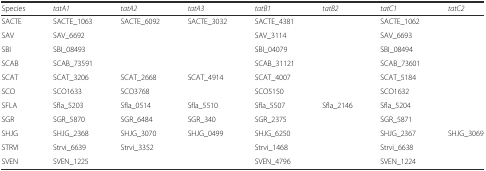
<table><thead><tr><td><b>Species</b></td><td><b><i>tatA1</i></b></td><td><b><i>tatA2</i></b></td><td><b><i>tatA3</i></b></td><td><b><i>tatB1</i></b></td><td><b><i>tatB2</i></b></td><td><b><i>tatC1</i></b></td><td><b><i>tatC2</i></b></td></tr></thead><tbody><tr><td>SACTE</td><td>SACTE_1063</td><td>SACTE_6092</td><td>SACTE_3032</td><td>SACTE_4381</td><td></td><td>SACTE_1062</td><td></td></tr><tr><td>SAV</td><td>SAV_6692</td><td></td><td></td><td>SAV_3114</td><td></td><td>SAV_6693</td><td></td></tr><tr><td>SBI</td><td>SBI_08493</td><td></td><td></td><td>SBI_04079</td><td></td><td>SBI_08494</td><td></td></tr><tr><td>SCAB</td><td>SCAB_73591</td><td></td><td></td><td>SCAB_31121</td><td></td><td>SCAB_73601</td><td></td></tr><tr><td>SCAT</td><td>SCAT_3206</td><td>SCAT_2668</td><td>SCAT_4914</td><td>SCAT_4007</td><td></td><td>SCAT_5184</td><td></td></tr><tr><td>SCO</td><td>SCO1633</td><td>SCO3768</td><td></td><td>SCO5150</td><td></td><td>SCO1632</td><td></td></tr><tr><td>SFLA</td><td>Sfla_5203</td><td>Sfla_0514</td><td>Sfla_5510</td><td>Sfla_5507</td><td>Sfla_2146</td><td>Sfla_5204</td><td></td></tr><tr><td>SGR</td><td>SGR_5870</td><td>SGR_6484</td><td>SGR_340</td><td>SGR_2375</td><td></td><td>SGR_5871</td><td></td></tr><tr><td>SHJG</td><td>SHJG_2368</td><td>SHJG_3070</td><td>SHJG_0499</td><td>SHJG_6250</td><td></td><td>SHJG_2367</td><td>SHJG_3069</td></tr><tr><td>STRVI</td><td>Strvi_6639</td><td>Strvi_3352</td><td></td><td>Strvi_1468</td><td></td><td>Strvi_6638</td><td></td></tr><tr><td>SVEN</td><td>SVEN_1225</td><td></td><td></td><td>SVEN_4796</td><td></td><td>SVEN_1224</td><td></td></tr></tbody></table>